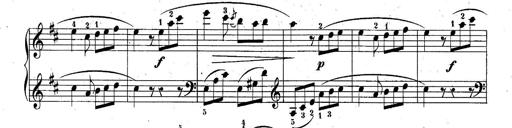
Title: 10 Sonatines progressives
Composer: Anton Schmoll